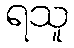
ရသူ